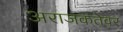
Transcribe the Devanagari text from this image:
अराजकतेवर